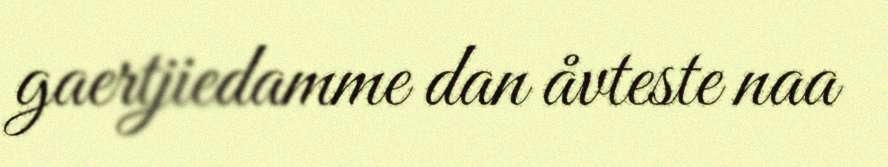
gaertjiedamme dan åvteste naa